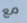
مع